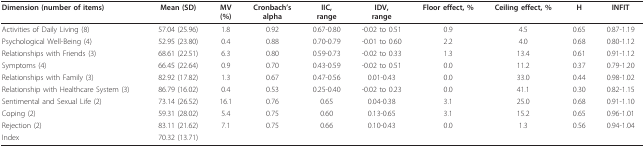
| Dimension (number of items) | Mean (SD) | MV(%) | Cronbach'salpha | IIC,range | IDV,range | Floor effect, % | Ceiling effect, % | H | INFIT |
 | --- | --- | --- | --- | --- | --- | --- | --- | --- | --- |
 | Activities of Daily Living (8) | 57.04 (25.96) | 1.8 | 0.92 | 0.67-0.80 | -0.02 to 0.51 | 0.9 | 4.5 | 0.65 | 0.87-1.19 |
 | Psychological Well-Being (4) | 52.95 (23.80) | 0.4 | 0.88 | 0.70-0.79 | -0.01 to 0.60 | 2.2 | 4.0 | 0.68 | 0.80-1.12 |
 | Relationships with Friends (3) | 68.61 (22.51) | 6.3 | 0.80 | 0.59-0.73 | -0.02 to 0.33 | 1.3 | 13.4 | 0.61 | 0.91-1.12 |
 | Symptoms (4) | 66.45 (22.64) | 0.9 | 0.70 | 0.43-0.59 | -0.02 to 0.51 | 0.0 | 11.2 | 0.37 | 0.79-1.20 |
 | Relationships with Family (3) | 82.92 (17.82) | 1.3 | 0.67 | 0.47-0.56 | 0.01-0.43 | 0.0 | 33.0 | 0.44 | 0.98-1.02 |
 | Relationship with Healthcare System (3) | 86.79 (16.02) | 0.4 | 0.53 | 0.25-0.40 | -0.02 to 0.23 | 0.0 | 41.1 | 0.30 | 0.82-1.15 |
 | Sentimental and Sexual Life (2) | 73.14 (26.52) | 16.1 | 0.76 | 0.65 | 0.04-0.38 | 3.1 | 25.0 | 0.68 | 0.91-1.10 |
 | Coping (2) | 59.31 (28.02) | 5.4 | 0.75 | 0.60 | 0.13-0.65 | 3.1 | 15.2 | 0.65 | 0.96-1.01 |
 | Rejection (2) | 83.11 (21.62) | 7.1 | 0.75 | 0.66 | 0.10-0.43 | 0.0 | 1.3 | 0.56 | 0.94-1.04 |
 | Index | 70.32 (13.71) |  |  |  |  |  |  |  |  |